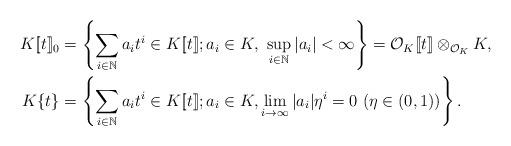
LaTeX: \begin{align*}K[\![t]\!]_0&=\left\{\sum_{i\in\mathbb{N}}a_it^i\in K[\![t]\!];a_i\in K,\ \sup_{i\in\mathbb{N}}{|a_i|}<\infty\right\}=\mathcal{O}_K[\![t]\!]\otimes_{\mathcal{O}_K}K,\\K\{t\}&=\left\{\sum_{i\in\mathbb{N}}a_it^i\in K[\![t]\!];a_i\in K, \lim_{i\to\infty}{|a_i|\eta^i}=0\ (\eta\in (0,1))\right\}.\end{align*}